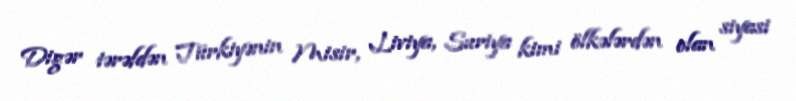
Digər tərəfdən Türkiyənin Misir, Liviya, Suriya kimi ölkələrdən olan siyasi